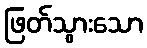
ဖြတ်သွားသော